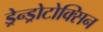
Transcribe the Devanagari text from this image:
ड्रेन्ड्रोटोक्सिन